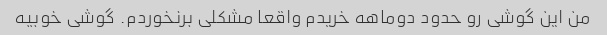
من این گوشی رو حدود دوماهه خریدم واقعا مشکلی برنخوردم. گوشی خوبیه